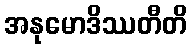
အနုမောဒိဿတီတိ